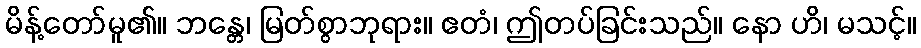
မိန့်တော်မူ၏။ ဘန္တေ၊ မြတ်စွာဘုရား။ ဧတံ၊ ဤတပ်ခြင်းသည်။ နော ဟိ၊ မသင့်။